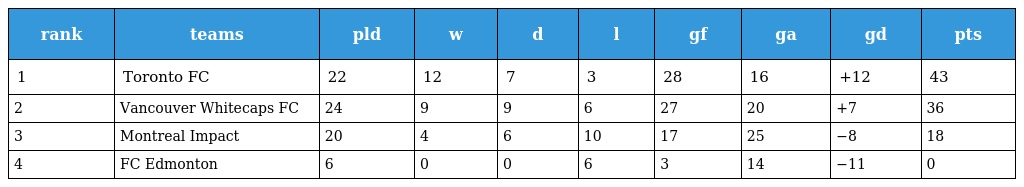
| rank | teams | pld | w | d | l | gf | ga | gd | pts |
 | --- | --- | --- | --- | --- | --- | --- | --- | --- | --- |
 | 1 | Toronto FC | 22 | 12 | 7 | 3 | 28 | 16 | +12 | 43 |
 | 2 | Vancouver Whitecaps FC | 24 | 9 | 9 | 6 | 27 | 20 | +7 | 36 |
 | 3 | Montreal Impact | 20 | 4 | 6 | 10 | 17 | 25 | −8 | 18 |
 | 4 | FC Edmonton | 6 | 0 | 0 | 6 | 3 | 14 | −11 | 0 |